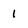
Character: 1